Report on malaria in the Punjab during the year ...  together with an account of the work of the Punjab Malaria Bureau - Volume 2
Disease focus: Malaria
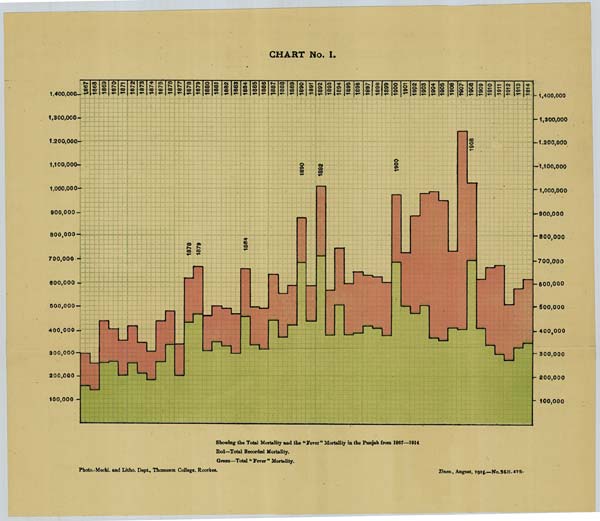
CHART No. I.
Showing the Total Mortality and the "Fever" Mortality in the Punjab from 1867—1914
Red—Total Recorded Mortality.
Green—Total "Fever" Mortality.
Photo.-Mechl. and Litho. Dept., Thomason College, Roorkee.
Zinco., August, 1915.—No.3611. 475.